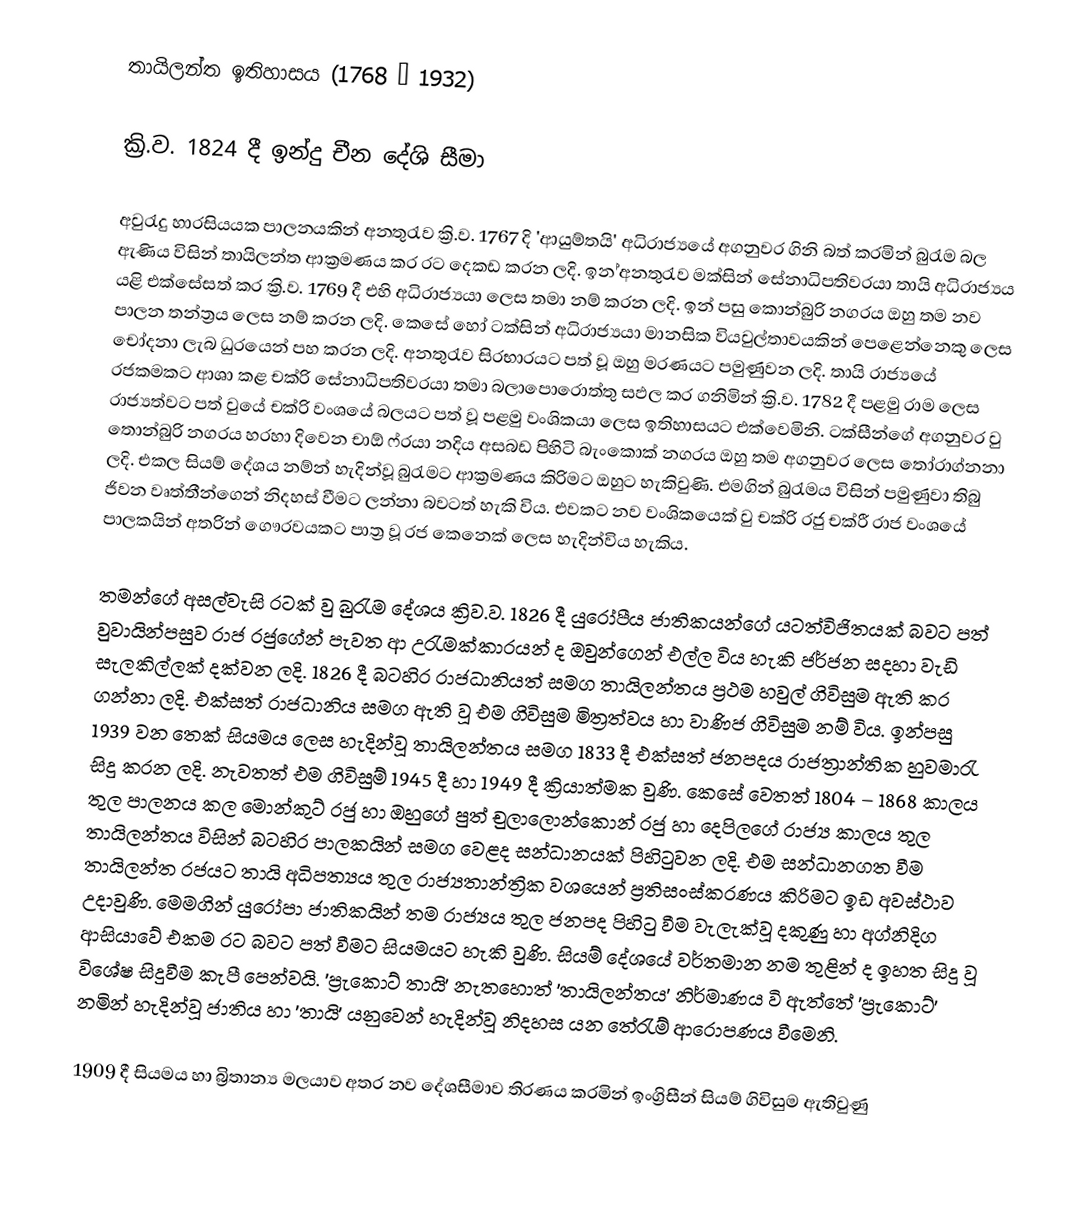
තායිලන්ත ‍ඉතිහාසය (1768 – 1932)

ක්‍රි.ව. 1824 දී  ඉන්දු චීන දේශි සීමා

අවුරැදු හාරසියයක පාලනයකින් අනතුරැව ක්‍රි.ව. 1767 දි 'ආයුම්තයි' අධිරාජ්‍යයේ අගනුවර ගිනි බත් කරමින් බුරැම බල ඇණිය විසින් තායිලන්ත ආක්‍රමණය කර රට දෙකඩ කරන ලදි. ඉන ්අනතුරැව මක්සින් සේනාධිපතිවරයා තායි අධිරාජ්‍යය යළි එක්සේසත් කර ක්‍රි.ව. 1769 දී එහි අධිරාජ්‍යයා ලෙස  තමා නම් කරන ලදි. ඉන් පසු කොන්බුරි නගරය ඔහු තම නව පාලන තන්ත්‍රය ලෙස නම් කරන ලදි. කෙසේ හෝ ‍ටක්සින් අධිරාජ්‍යයා මානසික වියවුල්තාවයකින් පෙළෙන්නෙකු ලෙස චෝදනා ලැබ ධුරයෙන් පහ කරන ලදි. අනතුරැව සිරභාරයට පත් වූ ඔහු මරණයට පමුණුවන ලදි. තායි රාජ්‍යයේ රජකමකට ආශා කළ චක්රි සේනාධිපතිවරයා තමා බලාපොරොත්තු සඵල කර ගනිමින් ක්‍රි.ව. 1782 දී පළමු රාම ලෙස රාජ්‍යත්වට පත් වුයේ චක්රි වංශයේ බලයට පත් වූ පළමු වංශිකයා ලෙස ඉතිහාසයට  එක්වෙමිනි. ටක්සීන්ගේ අගනුවර වු තොන්බුරි නගරය හරහා දිවෙන  චාඕ ෆ්රයා නදිය අසබඩ පිහිටි බැංකොක් නගරය ඔහු තම අගනුවර ලෙස තෝරාග්නනා ලදි. එකල සියම් දේශය නම්න් හැදින්වූ බුරැමට ආක්‍රමණය කිරිමට ඔහුට හැකිවුණි. එමගින් බුරැමය විසින් පමුණුවා තිබු ජිවන වෘත්තීන්ගෙන් නිදහස් වීමට ලන්නා බවටත් හැකි විය. එවකට නව වංශිකයෙක් වු චක්රි රජු චක්රී රාජ වංශයේ පාලකයින් අතරින් ගෞරවයකට පාත්‍ර වූ රජ කෙනෙක් ලෙස හැදින්විය හැකිය.

තමන්ගේ අසල්වැසි රටක් වු බුරැම දේශය ක්‍රිව.ව. 1826 දී යුරෝපීය ජාතිකයන්ගේ යටත්විජිතයක් බවට පත් වුවායින්පසුව    රාජ රජුගේන් පැවත ආ උරැමක්කාරයන් ද ඔවුන්ගෙන් එල්ල විය හැකි ජර්ජන සදහා වැඩි සැලකිල්ලක් දක්වන ලදි. 1826 දී බටහිර රාජධානියත් සමග තායිලන්තය ප්‍රථම හවුල් ගිවිසුම ඇති කර ගන්නා ලදි. එක්සත් රාජධානිය සමග ඇති වූ එම ගිවිසුම මිත්‍රත්වය හා වාණිජ ගිවිසුම නම් විය. ඉන්පසු 1939 වන තෙක් සියමය ලෙස හැදින්වූ තායිලන්තය සමග 1833 දී එක්සත් ජනපදය රාජත්‍රාන්තික හුවමාරැ සිදු කරන ලදි. නැවතත් එම ගිවිසුම් 1945 දී හා 1949 දී ක්‍රියාත්මක වුණි.  කෙසේ වෙතත් 1804 – 1868 කාලය තුල පාලනය කල මොන්කුට් රජු හා ඔහුගේ පුත් චුලා‍ලොන්කොන් රජු හා දෙපිලගේ රාජ්‍ය කාලය තුල තායිලන්තය විසින් බටහිර පාලකයින් සමග වෙළද සන්ධානයක් පිහිටුවන ලදි. එම සන්ධානගත වීම තායිලන්ත රජයට තායි අධිපත්‍යය තුල රාජ්‍යතාන්ත්‍රික වශයෙන් ප්‍රතිසංස්කරණය කිරිමට ඉඩ අවස්ථාව උදාවුණි. මෙමගින් යුරෝපා ජාතිකයින් තම රාජ්‍යය තුල ජනපද පිහිටු වීම වැලැක්වූ දකුණු හා අග්නිදිග ආසියාවේ එකම  රට බවට පත් වීමට සියමයට හැකි වුණි. සියම් දේශයේ වර්තමාන නම තුළින් ද ඉහත සිදු වූ විශේෂ සිදුවීම කැපී පෙන්වයි.  'ප්‍රැකොට් තායි' නැතහොත් 'තායිලන්තය' නිර්මාණය වි ඇත්තේ 'ප්‍රැකොට්' නමින් හැදින්වූ ජාතිය හා 'තායි' යනුවෙන්  හැදින්වූ නිදහස යන තේරැම් ආරොපණය වීමෙනි.

1909 දී සියමය හා බ්‍රිතාන්‍ය මලයාව අතර නව දේශසීමාව තිරණය කරමින් ඉංග්‍රිසීන් සියම් ගිවිසුම ඇතිවුණු